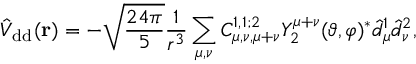
\hat { V } _ { \mathrm { d d } } ( \mathbf { r } ) = - \sqrt { \frac { 2 4 \pi } { 5 } } \frac { 1 } { r ^ { 3 } } \sum _ { \mu , \nu } C _ { \mu , \nu , \mu + \nu } ^ { 1 , 1 ; 2 } Y _ { 2 } ^ { \mu + \nu } ( \vartheta , \varphi ) ^ { * } \hat { d } _ { \mu } ^ { 1 } \hat { d } _ { \nu } ^ { 2 } ,